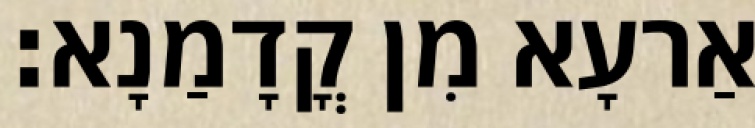
אַרעָא מִן קֳדָמַנָא׃